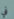
في